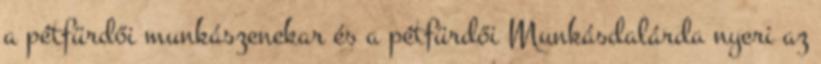
a pétfürdői munkászenekar és a pétfürdői Munkásdalárda nyeri az